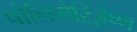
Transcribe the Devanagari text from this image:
पोलिमेरिज़ेष्ण